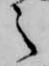
之